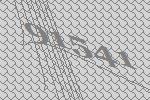
91541